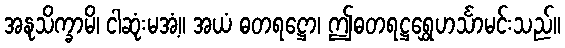
အနုသိက္ခာမိ၊ ငါဆုံးမအံ့။ အယံ ဓတရဋ္ဌော၊ ဤဓတရဋ္ဌရွှေဟင်္သာမင်းသည်။